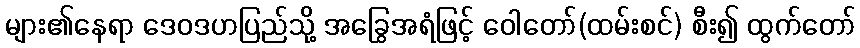
များ၏နေရာ ဒေဝဒဟပြည်သို့ အခြွေအရံဖြင့် ဝေါတော်(ထမ်းစင်) စီး၍ ထွက်တော်